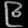
Digit: ၉